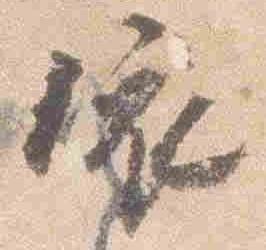
依